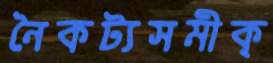
নৈকট্যসমীক্